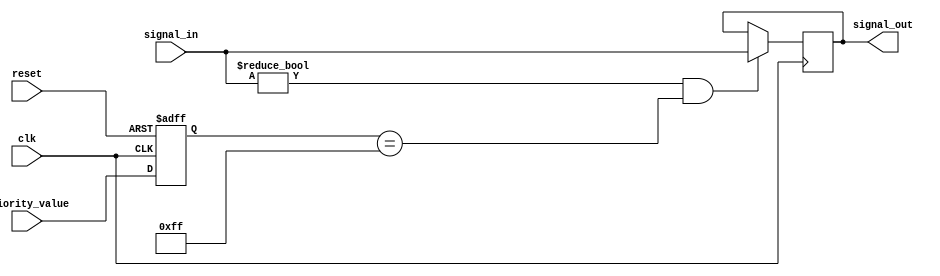
module priority_bypass_register (
    input wire clk,
    input wire reset,
    input wire [7:0] priority_value,
    input wire [7:0] signal_in,
    output reg [7:0] signal_out
);

reg [7:0] reg_priority;

always @ (posedge clk or posedge reset) begin
    if (reset) begin
        reg_priority <= 8'b00000000;
    end else begin
        reg_priority <= priority_value;
    end
end

always @ (posedge clk) begin
    if (signal_in != 8'b00000000 && reg_priority == 8'b11111111) begin
        signal_out <= signal_in;
    end
end

endmodule